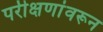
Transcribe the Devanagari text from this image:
परीक्षणांवरून